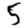
Digit: 5